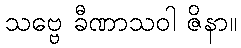
သဗ္ဗေ ခီဏာသဝါ ဇိနာ။